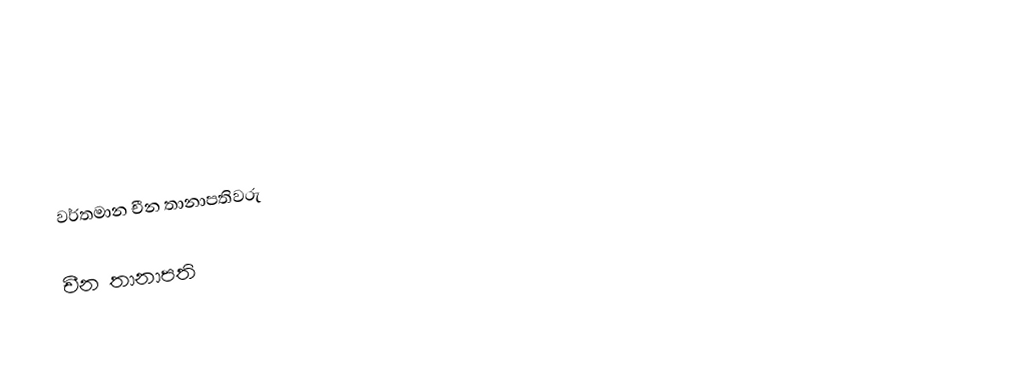

වර්තමාන චීන තානාපතිවරු

චීන තානාපති